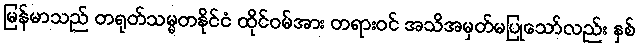
မြန်မာသည် တရုတ်သမ္မတနိုင်ငံ ထိုင်ဝမ်အား တရားဝင် အသိအမှတ်မပြုသော်လည်း နှစ်